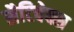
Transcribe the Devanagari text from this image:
सैटिवेक्स